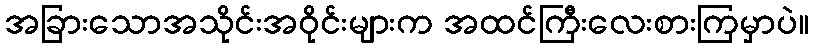
အခြားသောအသိုင်းအဝိုင်းများက အထင်ကြီးလေးစားကြမှာပဲ။